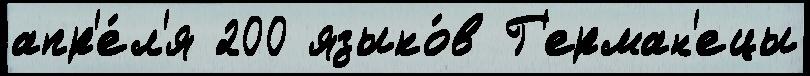
апр'е́л'я 200 языко́в Г'ерман'ецы